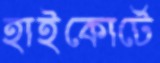
হাইকোর্টে